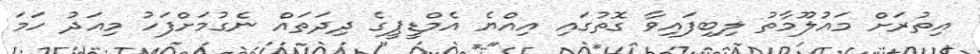
އިތުރަށް މައުލޫމާތު ލިބިފައިވާ ގޮތުގައި އިއްޔެ އެމްޑީޕީގެ ދިދަތައް ނެގުމަށްފަހު މިއަދު ހަމަ